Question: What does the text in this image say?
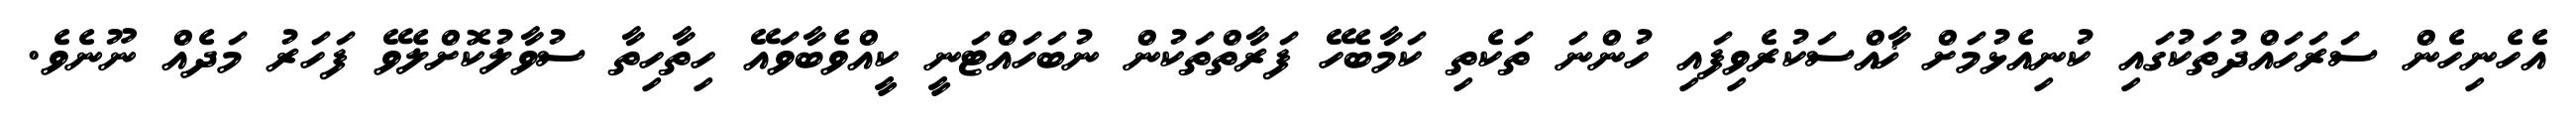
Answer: އެހެނިހެން ސަރަހައްދުތަކުގައި ކުނިއެޅުމަށް ޚާއްސަކުރެވިފައި ހުންނަ ތަކެތި ކަމާބެހޭ ފަރާތްތަކުން ނުބަހައްޓަނީ ކީއްވެބާވައޭ ހިތާހިތާ ސުވާލުކޮށްލެވޭ ފަހަރު މަދެއް ނޫނެވެ.